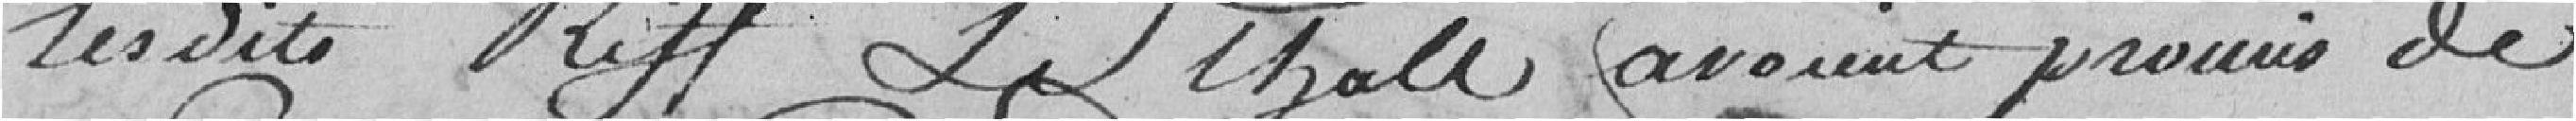
lesdits Riff Leghall avaient promis de